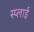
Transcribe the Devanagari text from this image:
स्प्लाई